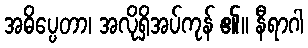
အဓိပ္ပေတာ၊ အလိုရှိအပ်ကုန် ၏။ နီရာဂါ